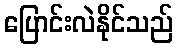
ပြောင်းလဲနိုင်သည်